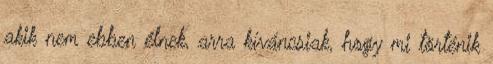
akik nem ebben élnek, arra kíváncsiak, hogy mi történik